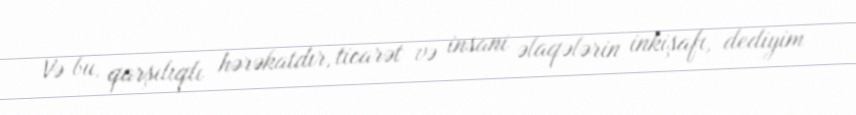
Və bu, qarşılıqlı hərəkatdır, ticarət və insani əlaqələrin inkişafı, dediyim